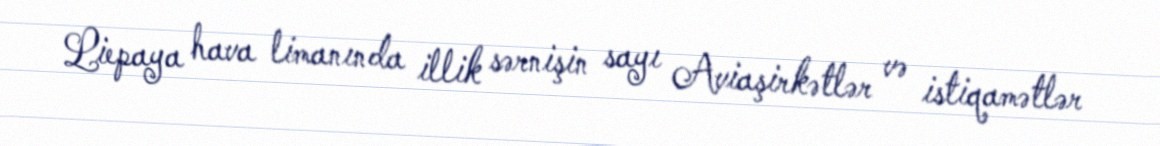
Liepaya hava limanında illik sərnişin sayı Aviaşirkətlər və istiqamətlər